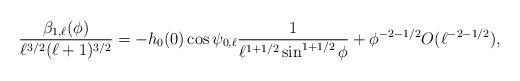
LaTeX: \begin{align*}\frac{\beta_{1,\ell}(\phi)}{\ell^{3/2} (\ell+1)^{3/2}}&=- h_0(0) \cos \psi_{0,\ell} \frac{1}{\ell^{1+1/2} \sin^{1+1/2} \phi}+\phi^{-2-1/2} O(\ell^{-2-1/2}), \end{align*}